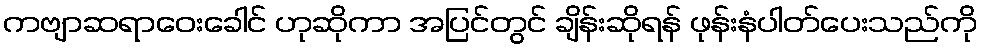
ကဗျာဆရာဝေးခေါင် ဟုဆိုကာ အပြင်တွင် ချိန်းဆိုရန် ဖုန်းနံပါတ်ပေးသည်ကို